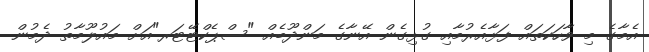
އެމާގެ މި ވާހަކަތައް ފަޅާއެރުމާއި ގުޅިގެން އޭނާގެ މަންދޫބެއް "ސްޕެކްޓޭޓަރ"އަށް މައުލޫމާތު ދެމުން